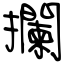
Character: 攔